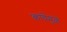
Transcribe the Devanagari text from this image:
काचेमुळे